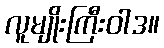
လူမျိုးကြီးဝါဒ။